Medical and sanitary report of the native army of Madras for the year
Year: 1875
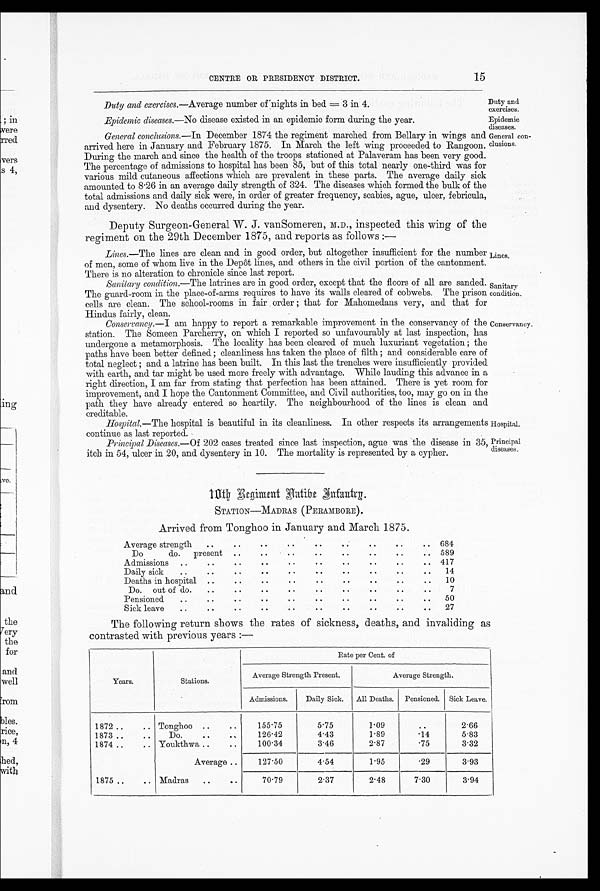
15
CENTRE OR PRESIDENCY DISTRICT.
Duty and
exercises
Epidemic
diseases.
General con
¬clusions.
Duty and exercises.—Average number of nights in bed = 3 in 4.
Epidemic diseases. —No disease existed in an epidemic form during the year.
General conclusions. —In December 1874 the regiment marched from Bellary in wings and
arrived here in January and February 1875. In March the left wing proceeded to Rangoon.
During the march and since the health of the troops stationed at Palaveram has been very good.
The percentage of admissions to hospital has been 85, but of this total nearly one-third was for
various mild cutaneous affections which are prevalent in these parts. The average daily sick
amounted to 8.26 in an average daily strength of 324. The diseases which formed the bulk of the
total admissions and daily sick were, in order of greater frequency, scabies, ague, ulcer, febricula,
and dysentery. No deaths occurred during the year.
Deputy Surgeon-General W. J. vanSomeren, M.D., inspected this wing of the
regiment on the 29th December 1875, and reports as follows :
—
Lines.—The lines are clean and in good order, but altogether insufficient for the immber
of men, some of whom live in the Depôt lines, and others in the civil portion of the cantonment.
There is no alteration to chronicle since last report.
Sanitary condition. —The latrines are in good order, except that the floors of all are sanded.
The guard-room in the place-of-arms requires to have its walls cleared of cobwebs. The prison
cells are clean. The school-rooms in fair order ; that for Mahomedans very, and that for
Hindus fairly, clean.
Conservancy. —I am happy to report a remarkable improvement in the conservancy of the
station. The Someen Parcherry, on which I reported so unfavourably at last inspection, has
undergone a metamorphosis. The locality has been cleared of much luxuriant vegetation ; the
paths have been better defined ; cleanliness has taken the place of filth ; and considerable care of
total neglect ; and a latrine has been built. In this last the trenches were insufficiently provided
with earth, and tar might be used more freely with advantage. While lauding this advance in a
right direction, I am far from stating that perfection has been attained. There is yet room for
improvement, and I hope the Cantonment Committee, and Civil authorities, too, may go on in the
path they have already entered so heartily. The neighbourhood of the lines is clean and
creditable.
Hospital. —The hospital is beautiful in its cleanliness. In other respects its arrangements
continue as last reported.
Principal Diseases. —Of 202 cases treated since last inspection, ague was the disease in 35,
itch in 54, ulcer in 20, and dysentery in 10. The mortality is represented by a cypher.
Lines .
Sanitary
condition.
Conservancy.
Hospital.
Principal
diseases.
1 0 t h R e g i m e n t n a t i b e i n f a n t r y .
STATION—MADRAS (PERAMBORE).
Arrived from Tonghoo in January and March 1875.
•
Average strength
..
..
• •
..
..
.. ..
684
Do
do.
present
..
..
.. ...
..
..
..
589
Admissions
..
..
.. ..
..
..
..
..
..
..
417
Daily sick
..
.. ..
..
..
..
..
..
..
..
14
Deaths in hospital
..
.. ..
..
..
..
..
..
..
10
Do.
out of do.
..
..
..
..
..
..
. .
7
Pensioned
..
.. ..
..
..
..
..
..
..
..
50
Sick leave
..
..
..
..
..
.. ..
..
..
..
27
The following return shows the rates of sickness, deaths, and invaliding as
contrasted with previous years :—
Rate per Cent. of
Years.
Stations.
Average Strength Present.
Average Strength.
Admissions.
Daily Sick.
All Deaths.
Pensioned. Sick Leave.
1872 ..
.. Tonghoo ..
..
155.75
5.75
1.09
..
2.66
1873 ..
..
Do.
..
. .
126.42
4.43
1 . 8 9
.14
5.83
1874 ..
.. Youkthwa ..
..
100.34
3.46
2.87
.75
3.32
Average ..
127.50
4.54
1.95
.29
3.93
1875..
.. Madras
..
..
70.79
2.37
2.48
7.30
3.94